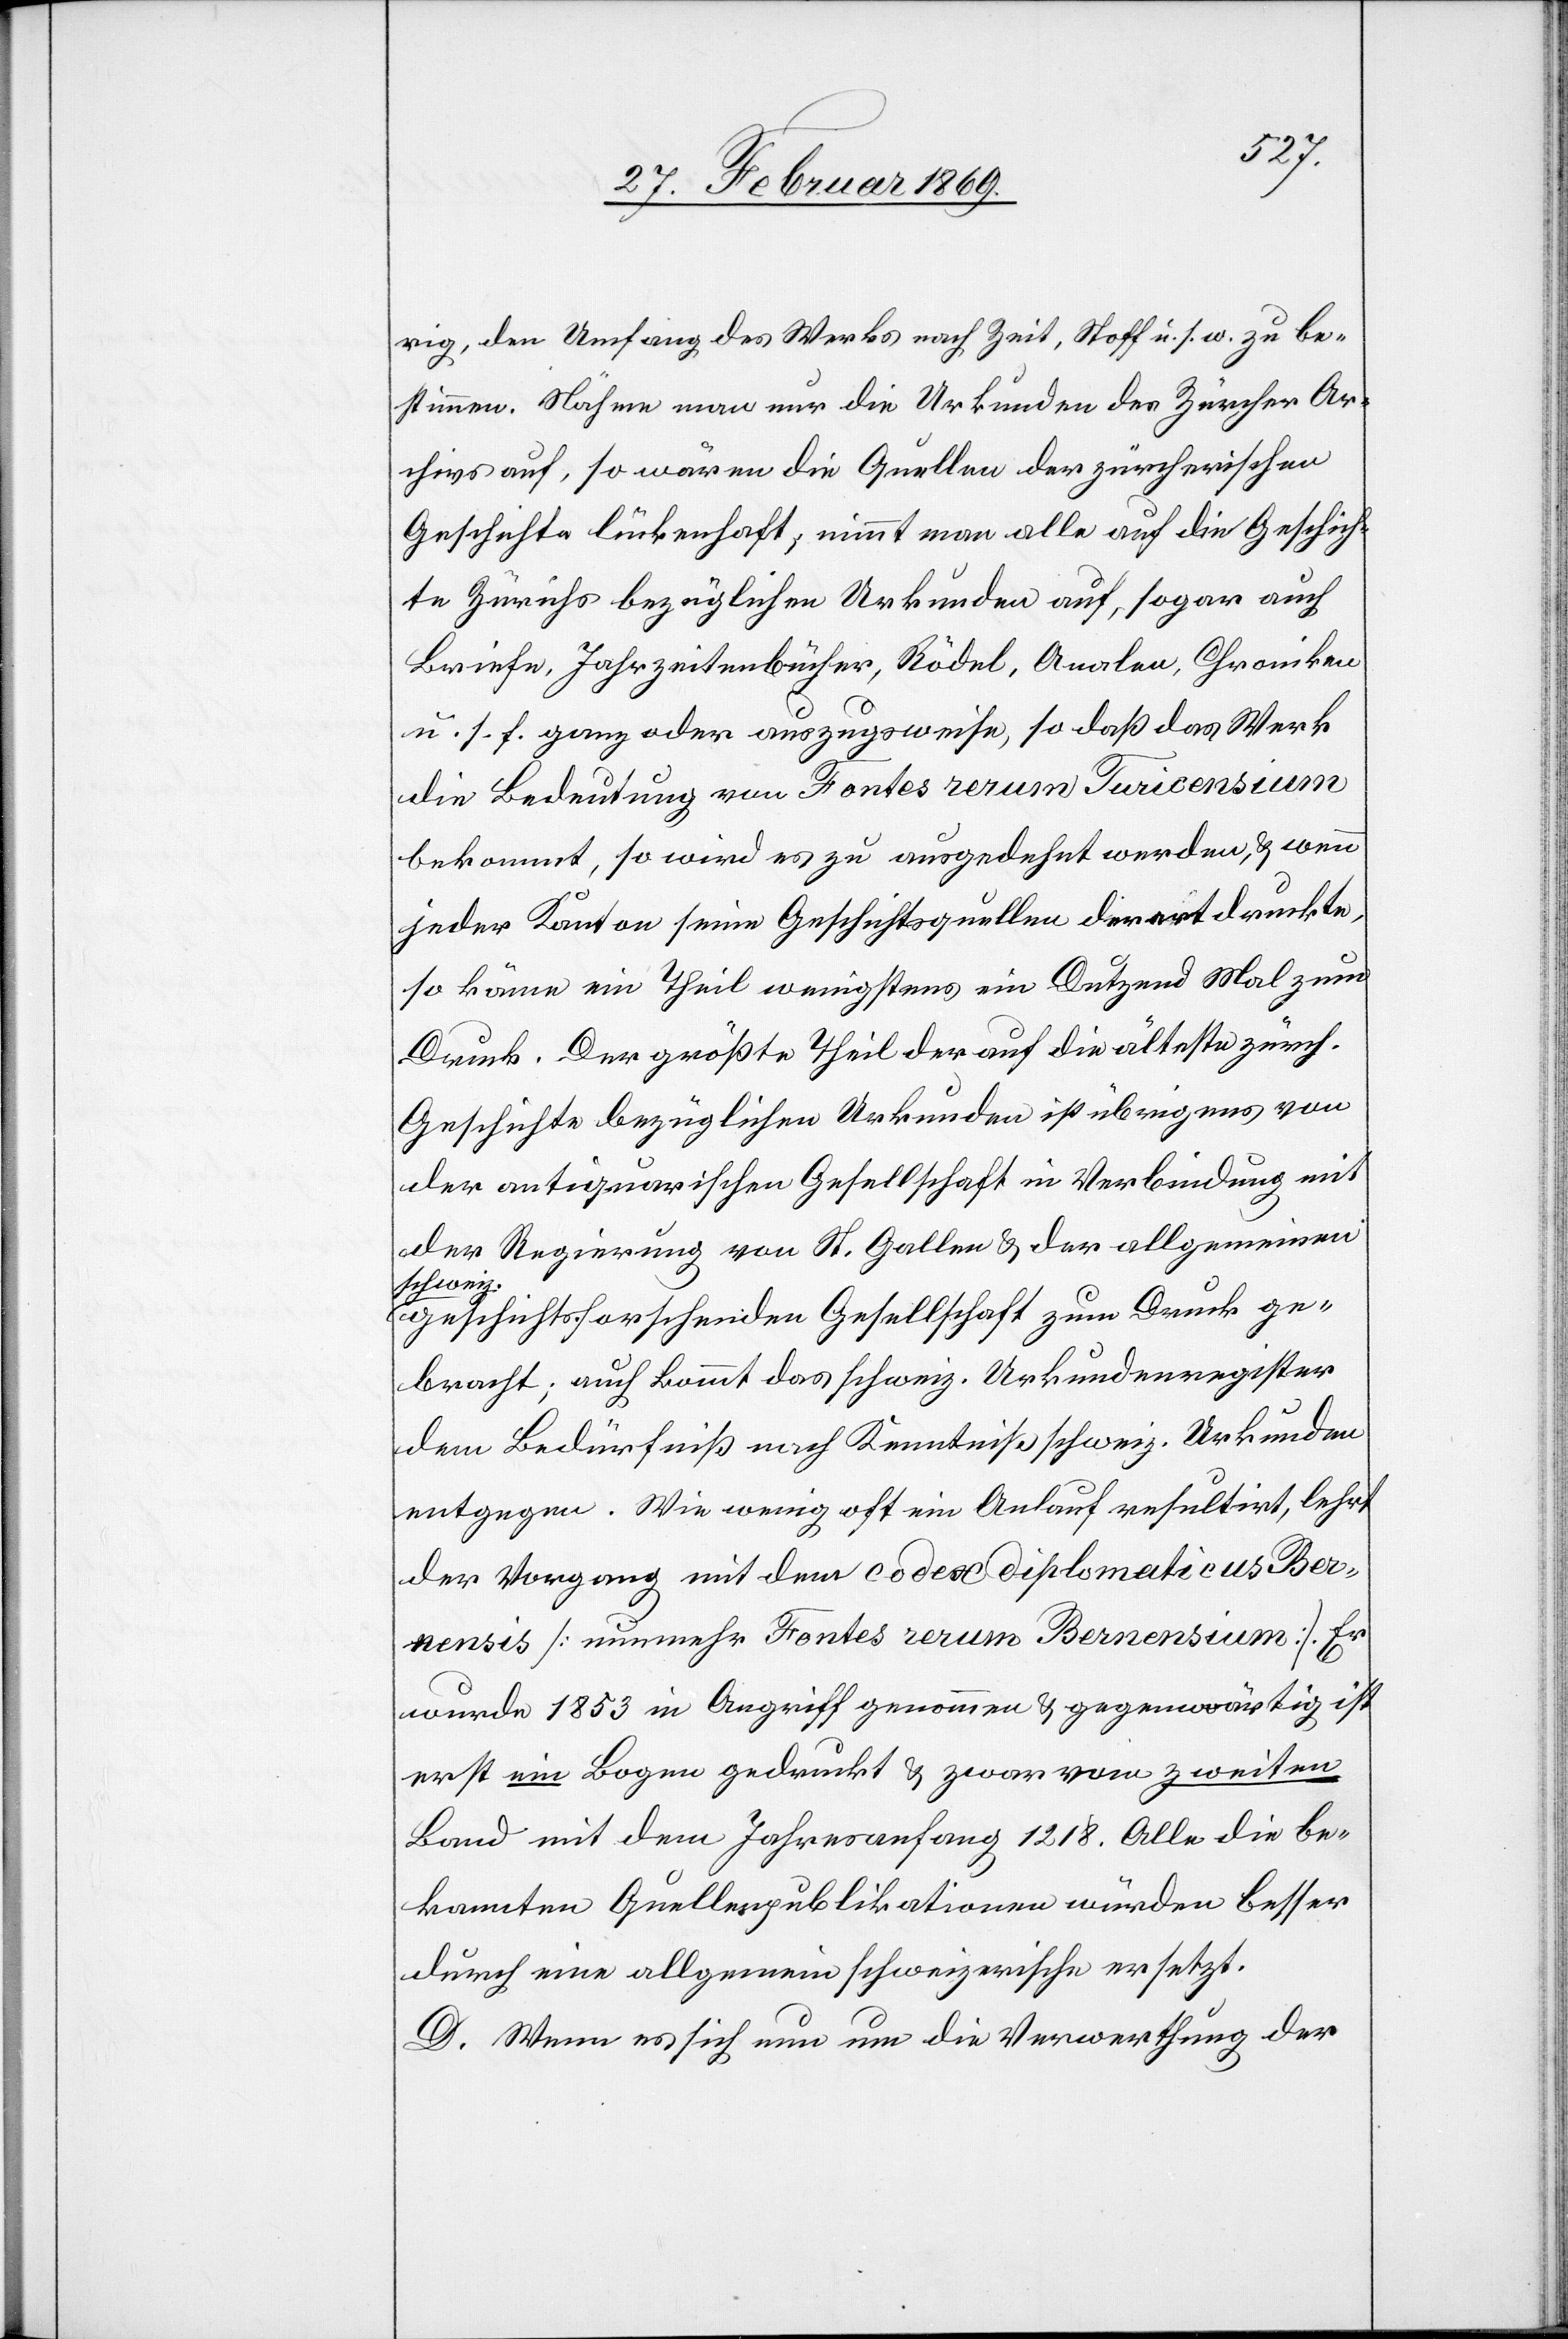
rig, den Umfang des Werks nach Zeit, Stoff u. s. w. zu be¬
stimmen. Nähme man nur die Urkunden des Zürcher Ar¬
chives auf, so wären die Quellen der zürcherischen
Geschichte lückenhaft, nimmt man alle auf die Geschich¬
te Zürichs bezüglichen Urkunden auf, sogar auch
Briefe, Jahrzeitenbücher, Rödel, Analen, Chroniken
u. s. f. ganz oder auszugsweise, so daß das Werk
die Bedeutung von Fontes rerum Turicensium
bekommt, so wird es zu ausgedehnt werden, & wenn
jeder Kanton seine Geschichtsquellen derart druckte,
so käme ein Theil wenigstens ein Dutzend Mal zum
Druck. Der größte Theil der auf die ältesten zürch.
Geschichte bezüglichen Urkunden ist übrigens von
der antiquarischen Gesellschaft in Verbindung mit
der Regierung von St. Gallen & der allgemeinen
schweiz.
geschichtsforschenden Gesellschaft zum Druck ge¬
bracht; auch kommt das schweiz. Urkundenregister
dem Bedürfniß nach Kenntniß schweiz. Urkunden
entgegen. Wie wenig oft ein Anlauf resultirt, lehrt
der Vorgang mit dem codex diplomaticus Ber¬
nensis [nunmehr Fontes rerum Bernensium]. Er
wurde 1853 in Angriff genommen & gegenwärtig ist
erst ein Bogen gedruckt & zwar vom zweiten
Land mit dem Jahresanfang 1218. Alle die be¬
kannten Quellenpublikationen würden besser
durch eine allgemeine schweizerische ersetzt.
D. Wenn es sich nun um die Verwerthung der